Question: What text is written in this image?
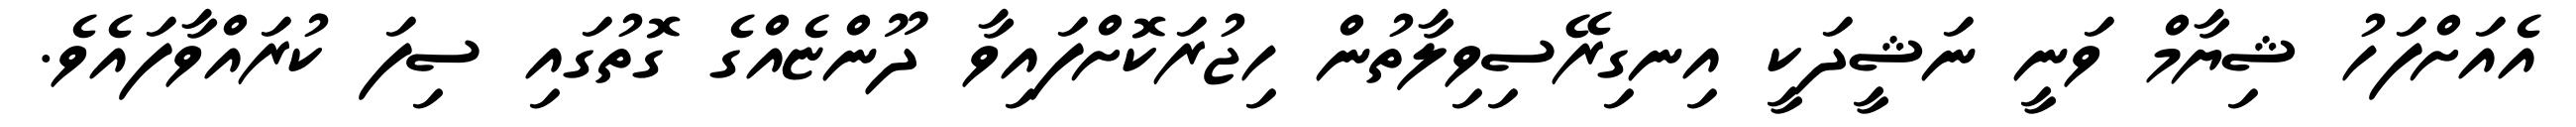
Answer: އެއަށްފަހު ޝިޔާމް ވަނީ ނަޝީދަކީ އިނގިރޭސިވިލާތުން ހިޖުރަކޮށްފައިވާ ދޫންޏެއްގެ ގޮތުގައި ސިފަ ކުރައްވާފައެވެ.